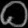
Digit: ၀